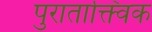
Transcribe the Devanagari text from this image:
पुराताक्त्विक